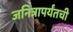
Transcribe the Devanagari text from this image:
जनित्रापर्यंतची